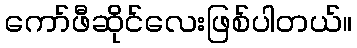
ကော်ဖီဆိုင်လေးဖြစ်ပါတယ်။